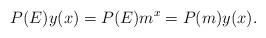
LaTeX: \begin{align*}P(E)y(x)=P(E) m^x =P(m) y(x).\end{align*}